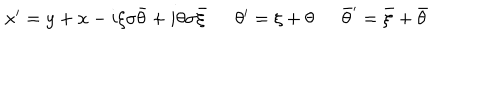
\begin{array} { l l l } { { x ^ { \prime } = y + x - i \xi \sigma \bar { \theta } + i \theta \sigma \bar { \xi } ~ } } & { { ~ \theta ^ { \prime } = \xi + \theta ~ } } & { { ~ \bar { \theta } ^ { \prime } = \bar { \xi } + \bar { \theta } } } \\ \end{array}